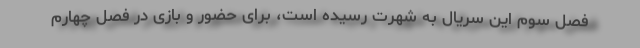
فصل سوم این سریال به شهرت رسیده است، برای حضور و بازی در فصل چهارم